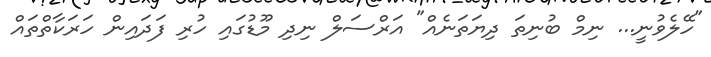
"ހޭލެވުނީ... ނިމް ބުނިތަ ދިޔަތަނެއް" އަރްސަލް ނިދި މޫޑުގައި ހުރި ފަދައިން ހަރަކާތްތައް